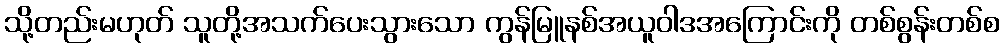
သို့တည်းမဟုတ် သူတို့အသက်ပေးသွားသော ကွန်မြူနစ်အယူဝါဒအကြောင်းကို တစ်စွန်းတစ်စ